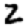
Digit: 2